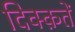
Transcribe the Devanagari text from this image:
दिक्क़तें